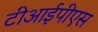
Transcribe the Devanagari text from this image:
टीआईपीएस